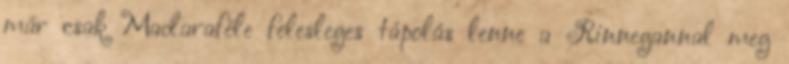
már csak Madaraféle felesleges tápolás lenne a Rinnegannal meg